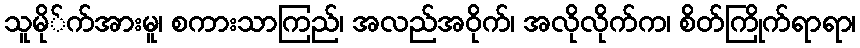
သူမို်က်အားမူ၊ စကားသာကြည်၊ အလည်အဝိုက်၊ အလိုလိုက်က၊ စိတ်ကြိုက်ရာရာ၊